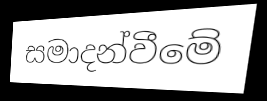
සමාදන්වීමේ